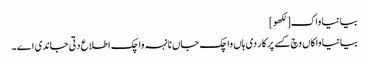
بیانیا واک[لکھو]
بیانیا واکاں وچ کسے پرکار دی ہاں واچک جاں نانہہ واچک اطلاع دتی جاندی اے ۔